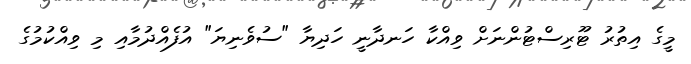
މީގެ އިތުރު ޓޫރިސްޓުންނަށް ވިއްކާ ހަނދާނީ ހަދިޔާ "ސުވެނިޔަ" އުފެއްދުމާއި މި ވިއްކުމުގެ